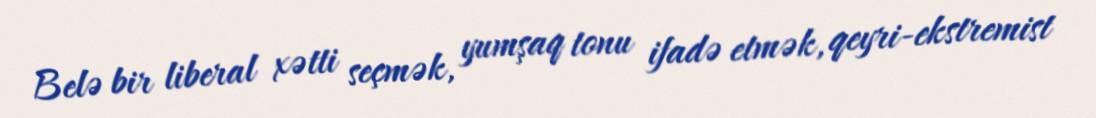
Belə bir liberal xətti seçmək, yumşaq tonu ifadə etmək, qeyri-ekstremist